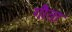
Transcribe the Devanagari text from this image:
गौता